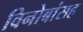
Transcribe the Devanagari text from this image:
विनोबांसह